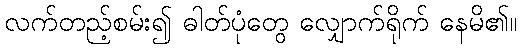
လက်တည့်စမ်း၍ ဓါတ်ပုံတွေ လျှောက်ရိုက် နေမိ၏။